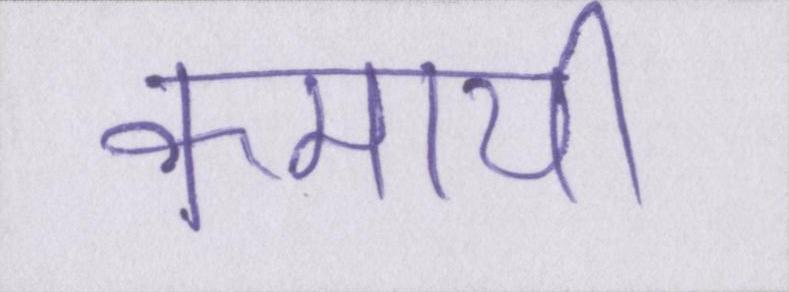
कमायी